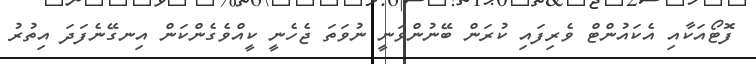
ފޮޓޯއަކާއި އެކައުންޓް ވެރިފައި ކުރަން ބޭނުންވަނީ ނުވަތަ ޖެހެނީ ކީއްވެގެންކަން އިނގޭނެފަދަ އިތުރު